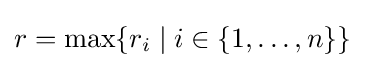
r=\max\{r_{i}\mid i\in \{1,\ldots ,n\}\}